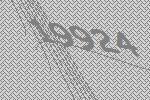
19924